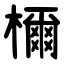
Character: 檷